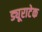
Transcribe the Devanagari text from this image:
ड्यूराटेक